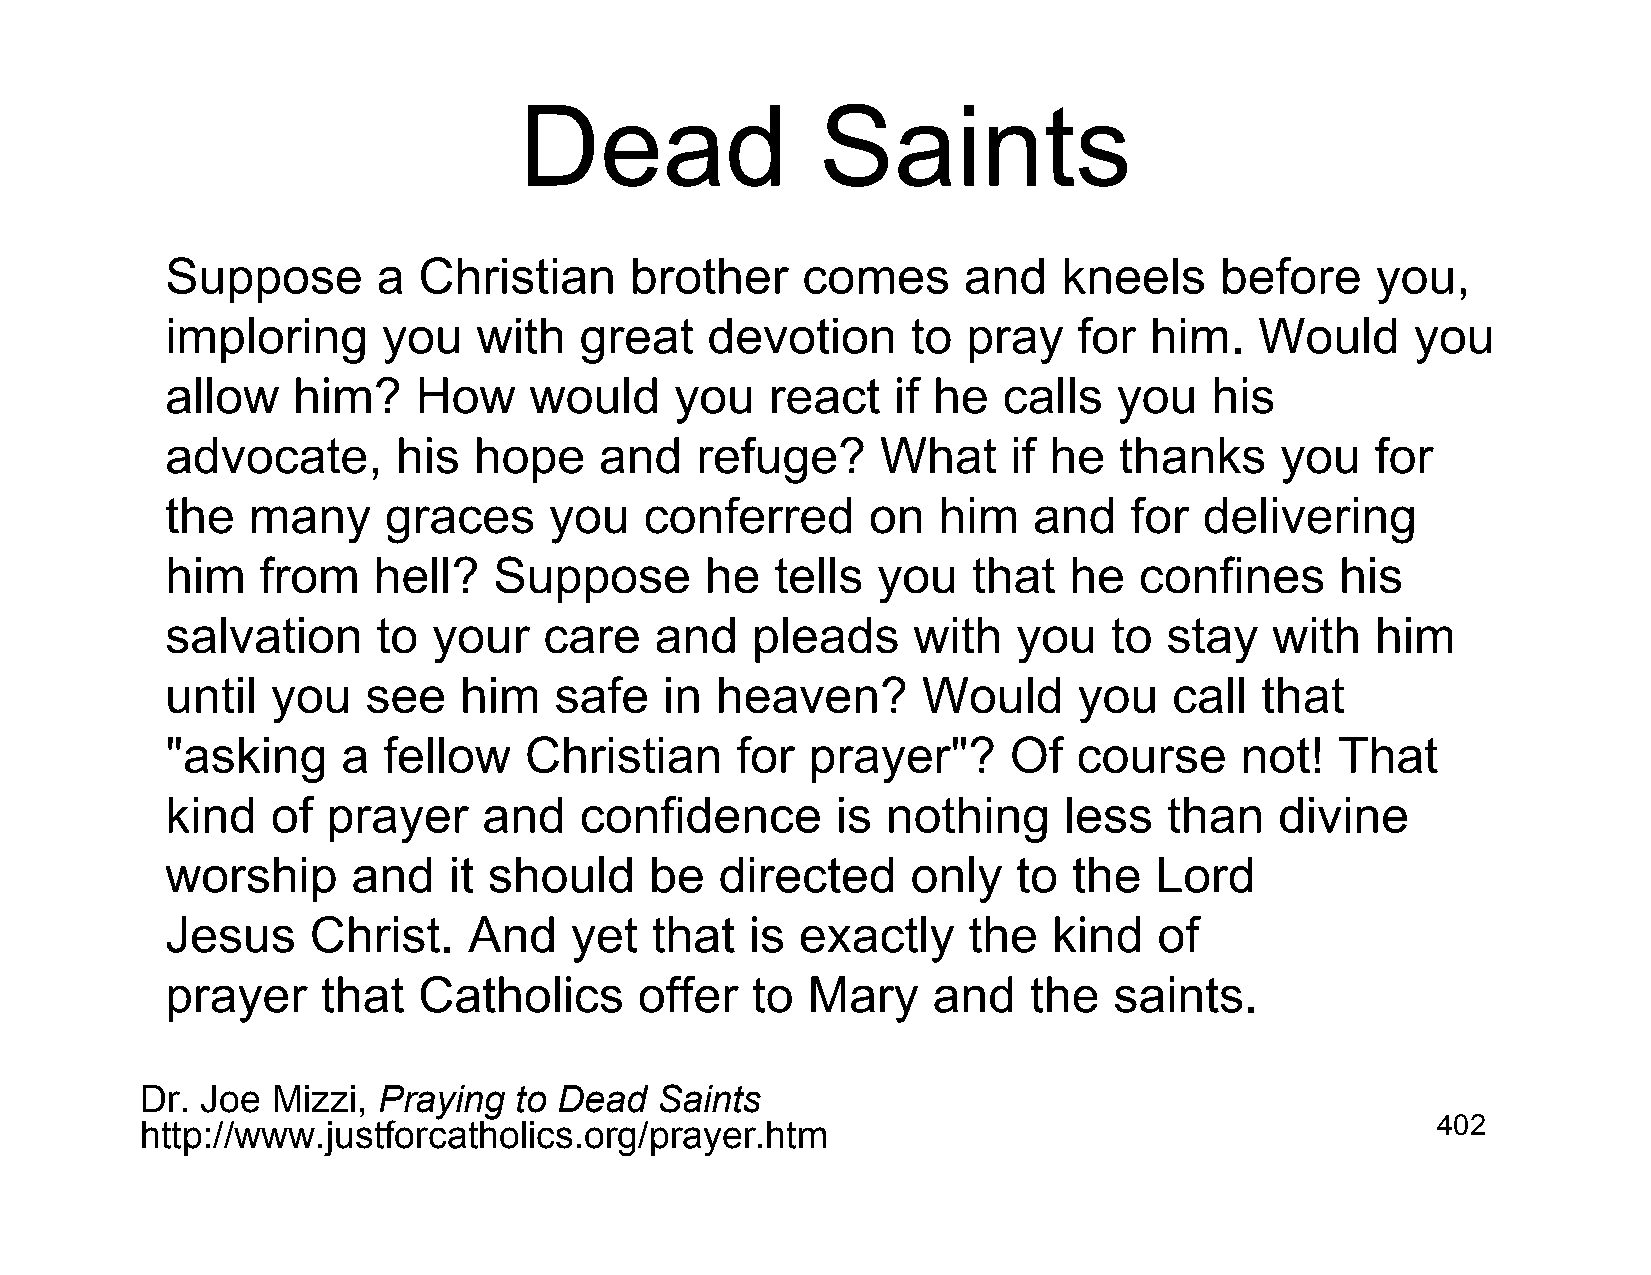
Dead                Saints
 Suppose       a  Christian     brother    comes      and   kneels     before    you,
 imploring     you    with  great    devotion     to  pray   for  him.   Would      you
 allow   him?    How     would     you   react   if he  calls   you   his
 advocate,      his  hope     and   refuge?     What     if he  thanks     you   for
 the  many     graces     you    conferred     on   him   and    for  delivering
 him   from    hell?   Suppose       he  tells  you   that   he  confines      his
 salvation     to  your   care   and    pleads    with   you    to stay   with   him
 until  you   see   him    safe   in heaven?       Would     you    call that
 "asking     a fellow    Christian     for  prayer"?     Of  course     not!   That
 kind   of  prayer    and   confidence       is  nothing    less   than    divine
 worship     and    it should    be   directed    only   to  the  Lord
 Jesus    Christ.    And    yet  that   is exactly    the   kind   of
 prayer    that   Catholics     offer   to Mary     and   the   saints.
 Dr. Joe  Mizzi, Praying  to Dead  Saints
 http://www.justforcatholics.org/prayer.htm                                            402